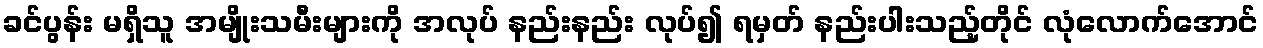
ခင်ပွန်း မရှိသူ အမျိုးသမီးများကို အလုပ် နည်းနည်း လုပ်၍ ရမှတ် နည်းပါးသည့်တိုင် လုံလောက်အောင်